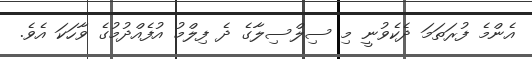
އެންމެ ފުރަތަމަ ދެކެވުނީ މި ސިލްސިލާގެ ދެ ފިލްމު އުފެއްދުމުގެ ވާހަކަ އެވެ.